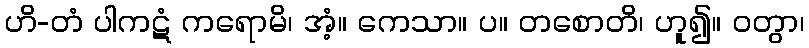
ဟိ-တံ ပါကဋံ ကရောမိ၊ အံ့။ ကေသာ။ ပ။ တစောတိ၊ ဟူ၍။ ဝတွာ၊